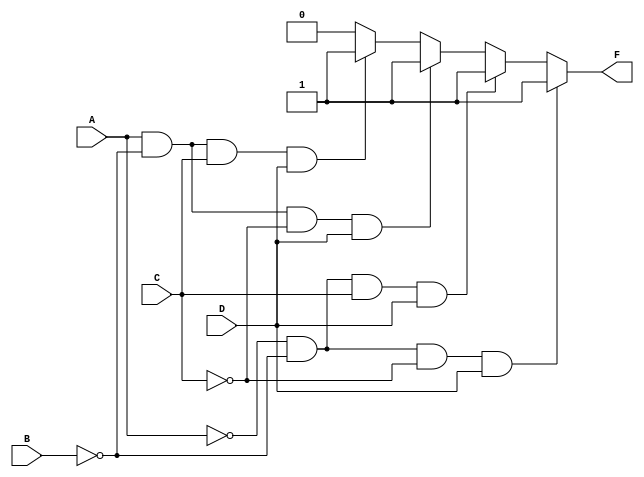
/*
Combinational logic-centered --> must use blocking assignment and always block with sensitivity list of all inputs.
*/

module conditional_gate (
    output reg F,
    input wire A, B, C, D
);

    always @ (A, B, C, D)
        begin
            if      (A == 1'b0 && B == 1'b0 && C == 1'b0 && D == 1'b1)
                F = 1'b1;
            else if (A == 1'b0 && B == 1'b0 && C == 1'b1 && D == 1'b1)
                F = 1'b1;
            else if (A == 1'b1 && B == 1'b0 && C == 1'b0 && D == 1'b1)
                F = 1'b1;
            else if (A == 1'b1 && B == 1'b0 && C == 1'b1 && D == 1'b1)
                F = 1'b1;
            else
                F = 1'b0;
        end

endmodule

module tb_conditional_gate();

wire f;
reg a, b, c, d;

conditional_gate comp_1(.F(f), .A(a), .B(b), .C(c), .D(d));

initial
    begin
        $dumpfile("conditional_gate.vcd");
        $dumpvars(0, tb_conditional_gate);
        {a, b, c, d} = 4'b0000;
        #1
        {a, b, c, d} = 4'b0001;
        #1
        {a, b, c, d} = 4'b0010;
        #1
        {a, b, c, d} = 4'b0011;
        #1
        {a, b, c, d} = 4'b0100;
        #1
        {a, b, c, d} = 4'b0101;
        #1
        {a, b, c, d} = 4'b0110;
        #1
        {a, b, c, d} = 4'b0111;
        #1
        {a, b, c, d} = 4'b1000;
        #1
        {a, b, c, d} = 4'b1001;
        #1
        {a, b, c, d} = 4'b1010;
        #1
        {a, b, c, d} = 4'b1011;
        #1
        {a, b, c, d} = 4'b1100;
        #1
        {a, b, c, d} = 4'b1101;
        #1
        {a, b, c, d} = 4'b1110;
        #1
        {a, b, c, d} = 4'b1111;
        $finish;
    end

    always @(f)
        $monitor("time=%0t abcd = %b%b%b%b f = %b", $time, a, b, c, d, f);

endmodule